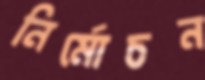
নির্মোচন